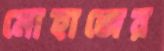
মোহাজের